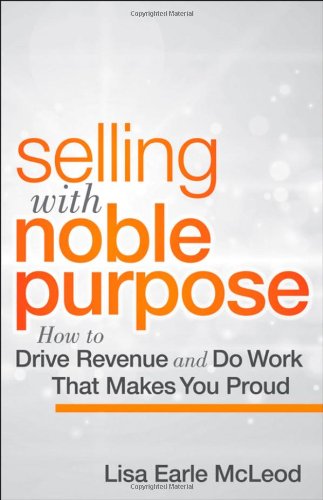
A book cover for Selling with Noble Purpose: How to Drive Revenue and Do Work That Makes You Proud; Lisa Earle McLeod; Business & Money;